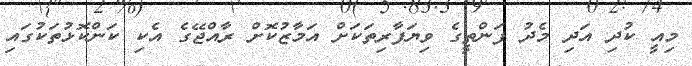
މިއީ ކުދި އަދި މެދު ފަންތީގެ ވިޔަފާރިތަކަށް އަމާޒުކޮށް ރާއްޖޭގެ އެކި ކަންކޮޅުތަކުގައި